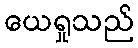
ယေရှုသည်